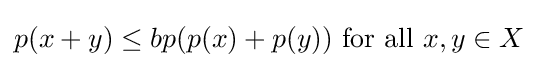
p(x+y)\leq bp(p(x)+p(y)){\text{ for all }}x,y\in X